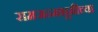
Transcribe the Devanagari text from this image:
रामजन्मभूमीच्या